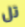
تل